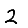
Digit: 2